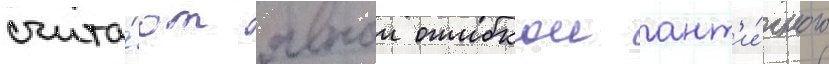
счита́ют явнои ошибкои ант'и́чного